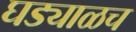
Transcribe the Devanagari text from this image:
घड्याळच